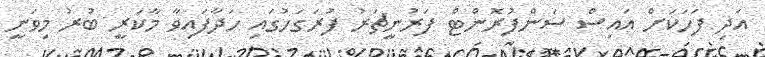
އަދި ފަހަކަށް އައިސް ސަންފުރޮންޓް ފަރުނީޗަރު ފުރަގަހުގައި ހަދާފައިވާ މާކަރީ ބުރު މިވަނީ